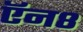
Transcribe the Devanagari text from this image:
ऍन८